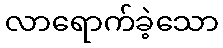
လာရောက်ခဲ့သော